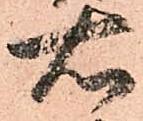
右